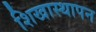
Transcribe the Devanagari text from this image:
शिखास्थापन